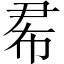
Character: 𢂜